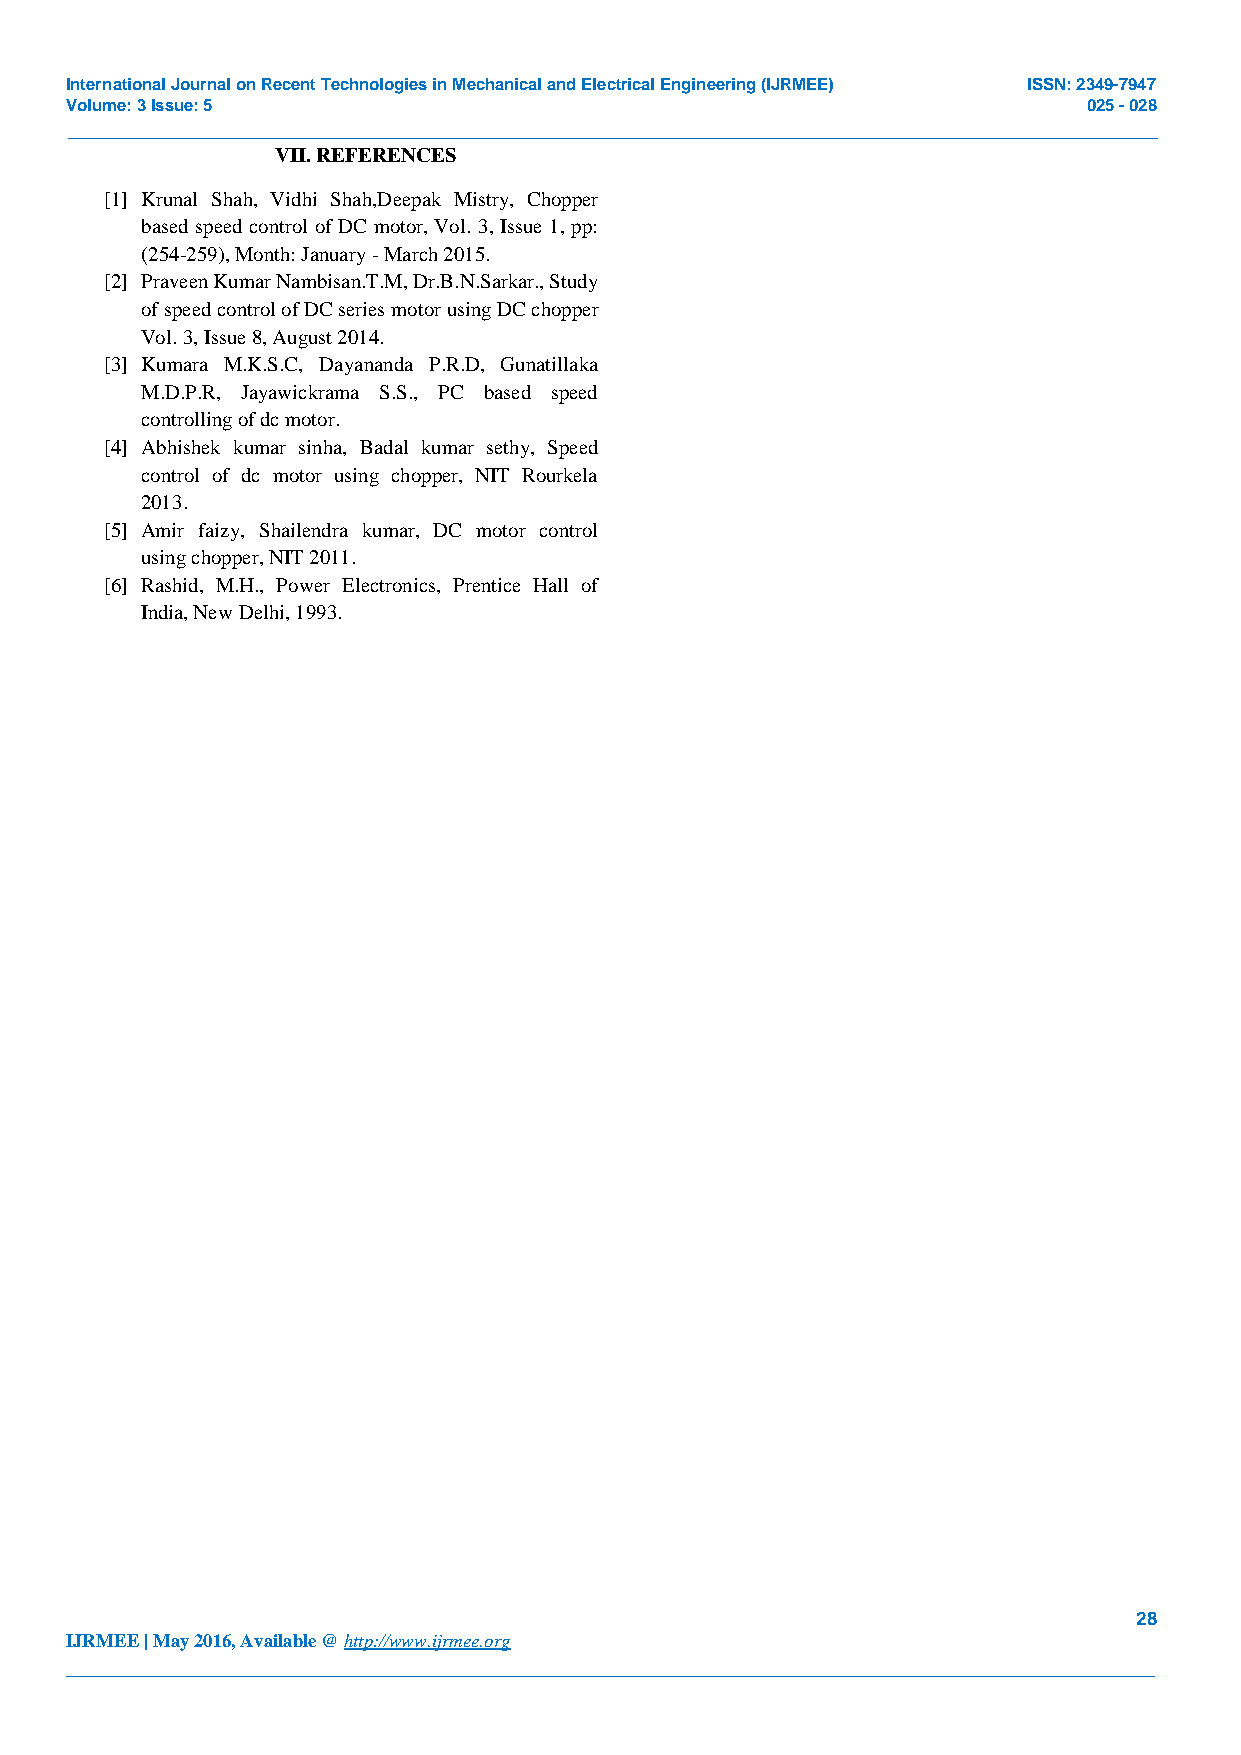
International Journal on Recent Technologies in Mechanical and Electrical Engineering (IJRMEE) ISSN: 2349-7947
 Volume: 3 Issue: 5                                                  025 - 028
 _______________________________________________________________________________________________
 VII. REFERENCES
 [1] Krunal Shah, Vidhi Shah,Deepak Mistry, Chopper
 based speed control of DC motor, Vol. 3, Issue 1, pp:
 (254-259), Month: January - March 2015.
 [2] Praveen Kumar Nambisan.T.M, Dr.B.N.Sarkar., Study
 of speed control of DC series motor using DC chopper
 Vol. 3, Issue 8, August 2014.
 [3] Kumara M.K.S.C, Dayananda P.R.D, Gunatillaka
 M.D.P.R, Jayawickrama S.S., PC based speed
 controlling of dc motor.
 [4] Abhishek kumar sinha, Badal kumar sethy, Speed
 control of dc motor using chopper, NIT Rourkela
 2013.
 [5] Amir faizy, Shailendra kumar, DC motor control
 using chopper, NIT 2011.
 [6] Rashid, M.H., Power Electronics, Prentice Hall of
 India, New Delhi, 1993.
 28
 IJRMEE | May 2016, Available @ http://www.ijrmee.org
 _______________________________________________________________________________________